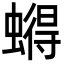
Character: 𮔹